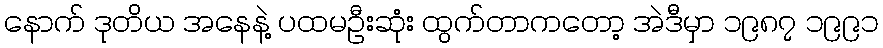
နောက် ဒုတိယ အနေနဲ့ ပထမဦးဆုံး ထွက်တာကတော့ အဲဒီမှာ ၁၉၈၇ ၁၉၉၁